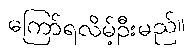
ကြော်ရလိမ့်ဦးမည်။